Civil Veterinary Department Bihar & Orissa reports 1929-36 - 1929-1936
Year: 1929
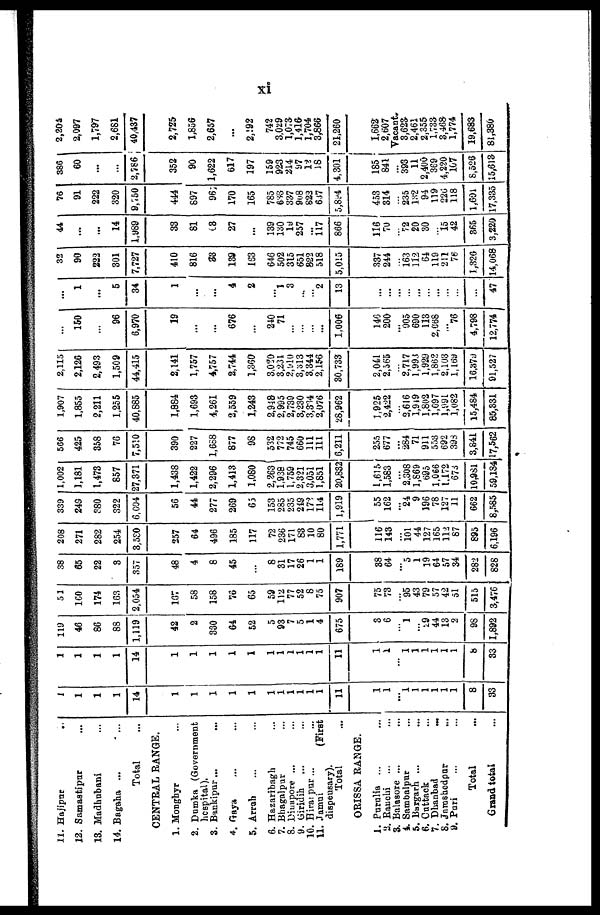
xi
11. Hajipur
..
12. Samastipur ...
13. Madhubani ...
14. Bagaha ... ...
Total ...
CENTRAL RANGE.
1. Monghyr ...
2. Dumka (Government
hospital).
3. Bankipur ... ...
4. Gaya ... ...
5. Arrah ... ...
6. Hazaribagh ...
7. Bhagalpur ...
8. Dinapore ... ...
9. Giridih
... ...
10. Birampur ... ...
11. Jamui (First
dispensary).
Total ...
ORISSA RANGE.
1. Purulia ... ...
2. Ranchi ... ...
3. Balasore ... ...
4. Sambalpur ...
5. Bargarh ... ...
6. Cuttack ...
7. Dhanbad
...
8. Jamshedpur ...
9. Pari ... ...
Total ...
Grand total ...
1
1
1
1
14
1
1
1
1
1
1
1
1
1
1
1
11
1
1
...
8
33
1
1
1
1
14
1
1
1
1
1
1
1
1
1
1
1
11
1
1
...
1
1
1
1
1
1
8
33
119
46
86
88
1,119
42
2
330
64
52
5
93
7
5
1
4
675
3
6
1
...
29
44
13
2
98
1,892
51
160
174
163
2,054
167
58
158
76
65
59
112
77
52
8
75
907
75
73
95
43
79
57
42
51
515
3,476
38
65
22
3
357
48
4
8
45
...
8
31
17
26
1
1
189
38
64
5
1
19
64
57
34
282
828
208
271
282
254
3,530
257
64
496
185
117
72
236
171
83
10
80
1,771
116
143
101
44
127
165
112
87
895
6,196
339
249
380
322
6,004
56
44
277
269
65
153
285
235
249
172
114
1,919
55
162
24
9
196
78
127
11
662
8,565
1,002
1,181
1,473
857
27,371
1,438
1,422
2,296
1,413
1,080
2,263
1,938
1,759
2,321
3,051
1,851
20,832
1,615
1,583
2,308
1,869
695
1,066
1,172
673
10,981
59,184
566
425
358
76
7,510
390
227
1,658
877
98
532
772
745
660
111
111
6,211
255
677
...
284
71
911
553
692
39S
3,841
17,562
1,907
1,855
2,211
1,255
40,885
1,884
1,693
4,261
2,559
1,243
2,948
2,995
2,739
3,230
3,334
2,076
28,962
1,925
2,422
2,616
1,949
1,802
1,697
1,991
1,082
15,484
85,331
2,115
2,126
2,493
1,509
44,415
2,141
1,757
4,757
2,744
1,360
3,020
3,231
2,910
3,313
3,344
2,156
30,733
2,041
2,565
2,717
1,993
1,929
1,862
2,103
1,169
16,379
91,527
...
150
...
96
6,970
19
...
...
676
...
240
71
...
...
...
...
1,006
140
200
905
690
113
2,668
...
76
4,798
12,774
...
1
...
5
34
1
...
...
4
2
...
1
3
...
...
2
13
...
...
...
...
...
...
...
...
...
47
32 1
90
222
301
7,727
410
816
33
139
163
646
502
315
651
&22
518
5,015
337
244
163
112
64
119
2!1
76
1,326
14,068
44
...
...
14
1,989
33
81
C3
27
...
139
130
19
257
...
117
866
116
70
72
20
30
15
42
365
3,220
76
91
222
320
9,750
444
897
96
170
165
785
633
337
908
S22
637
5,894
453
314
235
132
94
119
226
118
1,691
17,335
386
60
...
...
2,786
352
90
1,622
617
197
159
923
214
97
12
18
4,301
185
841
393
11
2,400
369
4,220
107
8,526
15,613
2,204
2,097
1,797
2,681
40,437
2,725
1,856
2,657
...
2,192
742
3,029
1,073
1,416-
1,704
3,866
21,260
1,662
2,607
Vacant.
3,623
2,461
2,355
1,733
3,468
1,774
19,683
81,380